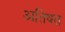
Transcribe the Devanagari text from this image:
अतिषत